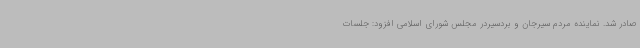
صادر شد. نماینده مردم سیرجان و بردسیردر مجلس شورای اسلامی افزود: جلسات